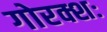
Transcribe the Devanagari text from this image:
गोरक्शः